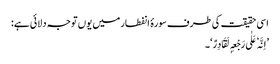
اسی حقیقت کی طرف سورۂ انفطار میں یوں توجہ دلائی ہے:
’اِنَّہٗ عَلٰی رَجْعِہٖ لَقَادِرٌ‘۔